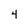
Character: 4